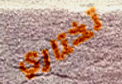
تختاري